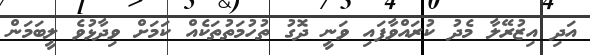
އަދި އިޒުރޭލާ މެދު ކުރައްވާފައި ވަނީ ދޮގު ތުހުމަތުތަކެއް ކަމަށް ވިދާޅުވެ ލީބަމަން